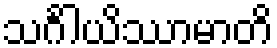
သင်္ဂါယိဿာမာတိ